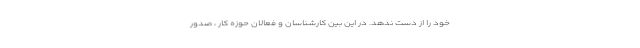
خود را از دست ندهد. در این بین کارشناسان و فعالان حوزه کار ، صدور